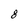
Character: 8